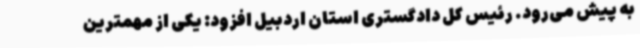
به پیش می‌رود. رئیس کل دادگستری استان اردبیل افزود: یکی از مهمترین